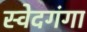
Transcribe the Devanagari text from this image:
स्वेदगंगा